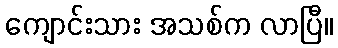
ကျောင်းသား အသစ်က လာပြီ။